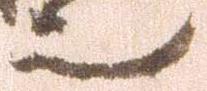
也